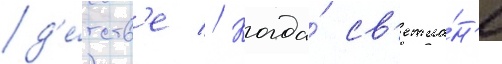
д'е́тств'е // Когда́ св'етла́н'е